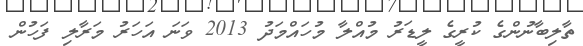
ތާލިބާނުންގެ ކުރީގެ ލީޑަރު މުއްލާ މުހައްމަދު 2013 ވަނަ އަހަރު މަރާލި ފަހުން